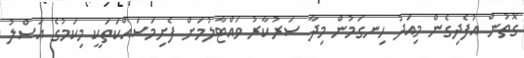
ގޮތުން އުފެދިގެން މިއަދު ހިނގަމުން މިދާ ސަރުކާރު ވައްޓާލުމަށް ފެށިމަސައްކަތަކީ މިކަމުގެ އަސްލު